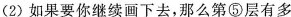
(2)如果要你继续画下去，那么第⑤层有多